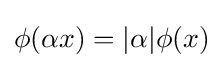
\phi (\alpha x)=|\alpha |\phi (x)